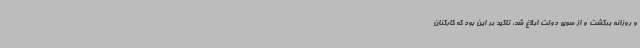
و روزانه برگشت و از سوی دولت ابلاغ شد، تاکید بر این بود که کارکنان